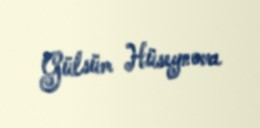
Gülsüm Hüseynova